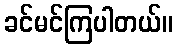
ခင်မင်ကြပါတယ်။